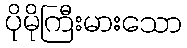
ပိုမိုကြီးမားသော